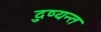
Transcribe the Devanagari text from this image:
दु्ष्यन्त